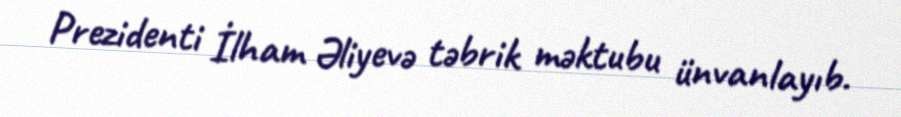
Prezidenti İlham Əliyevə təbrik məktubu ünvanlayıb.